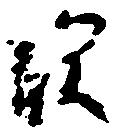
須